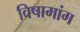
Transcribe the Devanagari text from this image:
विषामांग